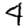
Digit: 4